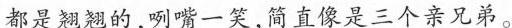
都是翘翘的，咧嘴一笑，简直像是三个亲兄弟